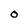
Character: O